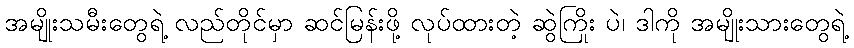
အမျိုးသမီးတွေရဲ့ လည်တိုင်မှာ ဆင်မြန်းဖို့ လုပ်ထားတဲ့ ဆွဲကြိုး ပဲ၊ ဒါကို အမျိုးသားတွေရဲ့